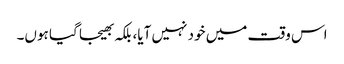
اس وقت میں خود نہیں آیا، بلکہ بھیجا گیا ہوں۔